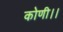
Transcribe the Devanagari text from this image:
कोणी।।